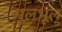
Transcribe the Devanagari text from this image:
मूलभूल्